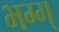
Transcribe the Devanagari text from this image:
भग्ग्